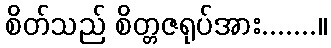
စိတ်သည် စိတ္တဇရုပ်အား.......။